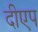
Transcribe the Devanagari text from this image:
दीएप